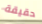
حقيقة